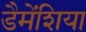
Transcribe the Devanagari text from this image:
डैमेंशिया